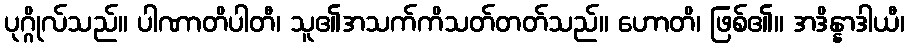
ပုဂ္ဂိုလ်သည်။ ပါဏာတိပါတီ၊ သူ၏အသက်ကိသတ်တတ်သည်။ ဟောတိ၊ ဖြစ်၏။ အဒိန္နာဒါယီ၊